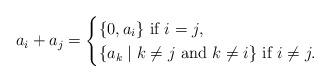
LaTeX: \begin{align*}a_i + a_j = \begin{cases}\{0, a_i\} \textrm{ if } i=j, \\ \{a_k \mid k\neq j \textrm{ and } k \neq i \} \textrm{ if } i \neq j. \end{cases}\end{align*}